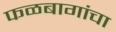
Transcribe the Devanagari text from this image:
फळबागांचा